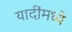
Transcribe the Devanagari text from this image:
यादींमध्ये